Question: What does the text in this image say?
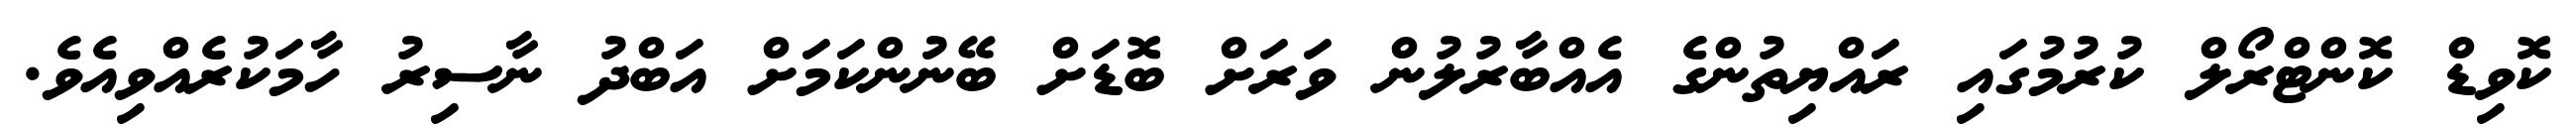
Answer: ކޮވިޑް ކޮންޓްރޯލް ކުރުމުގައި ރައްޔިތުންގެ އެއްބާރުލުން ވަރަށް ބޮޑަށް ބޭނުންކަމަށް އަބްދު ނާސިރު ހާމަކުރެއްވިއެވެ.